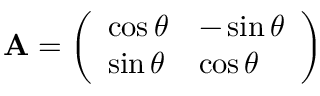
\mathbf { A } = { \left( \begin{array} { l l } { \cos \theta } & { - \sin \theta } \\ { \sin \theta } & { \cos \theta } \end{array} \right) }